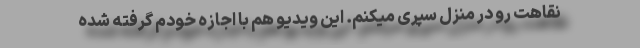
نقاهت رو در منزل سپری میکنم. این ویدیو هم با اجازه خودم گرفته شده